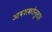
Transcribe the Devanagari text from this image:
आवशकतेनुसार